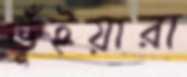
ভূঁইয়ারা